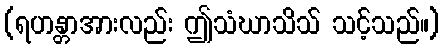
(ရဟန္တာအားလည်း ဤသံဃာသိသ် သင့်သည်။)